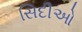
સિદીઓ